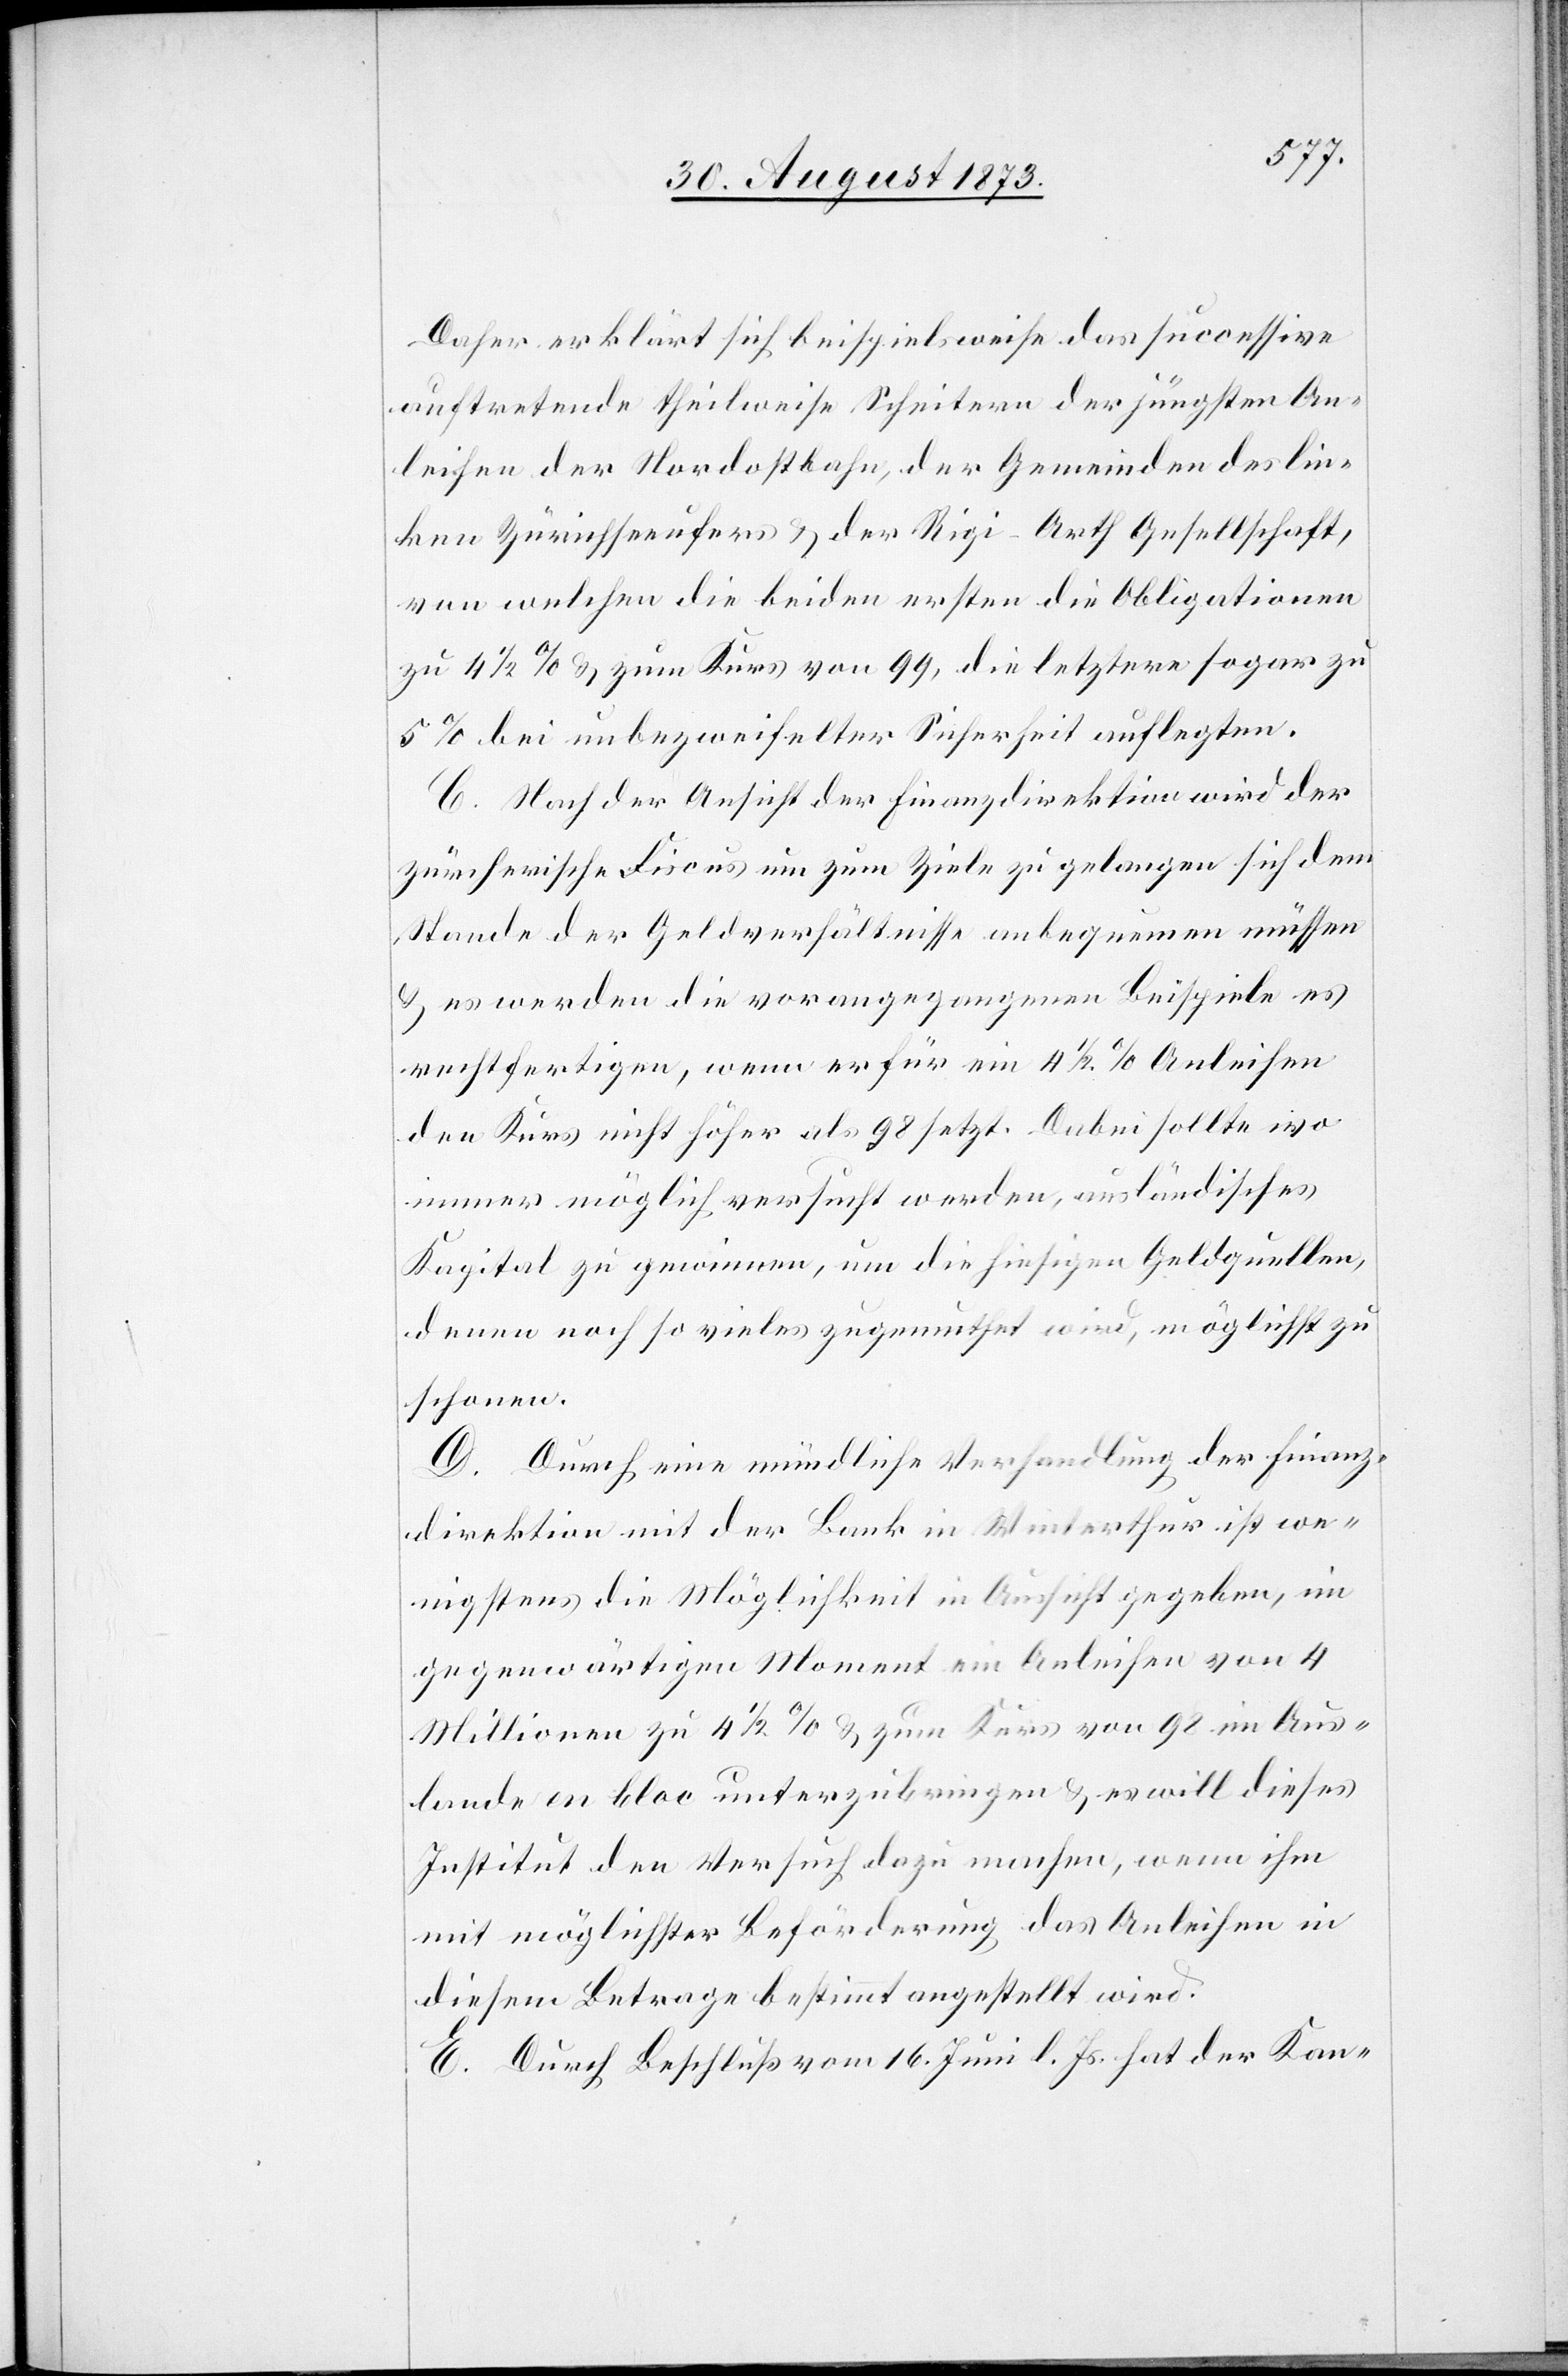
Daher erklärt sich beispielsweise das successive
auftretende theilweise Scheitern der jüngsten An¬
leihen der Nordostbahn, der Gemeinden des lin¬
ken Zürichseeufers & der Rigi-Arth Gesellschaft,
von welchen die beiden ersten die Obligationen
zu 4 1/2% & zum Kurs von 99, die letztere sogar zu
5% bei unbezweifelter Sicherheit auflegten.
C. Nach der Ansicht der Finanzdirektion wird der
zürcherische Fiscus um zum Ziele zu gelangen sich dem
Stande der Geldverhältnisse anbequemen müssen
& es werden die vorangegangen Beispiele es
rechtfertigen, wenn er für ein 4 1/2% Anleihen
den Kurs nicht höher als 98 setzt. Dabei sollte wo
immer möglich versucht werden, ausländisches
Kapital zu gewinnen, um die hiesigen Geldquellen,
denen noch so vieles zugemuthet wird, möglichst zu
schonen.
D. Durch eine mündliche Verhandlung der Finanz¬
direktion mit der Bank in Winterthur ist we¬
nigstens die Möglichkeit in Aussicht gegeben, im
gegenwärtigen Moment ein Anleihen von 4
Millionen zu 4 1/2% & zum Kurs von 98 im Aus¬
lande en bloc unterzubringen & es will dieses
Institut den Versuch dazu machen, wenn ihm
mit möglichster Beförderung das Anleihen in
diesem Betrage bestimmt angestellt wird.
E. Durch Beschluß vom 16. Juni l. Js. hat der Kan-